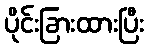
ပိုင်းခြားထားပြီး